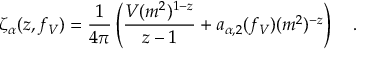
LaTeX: \zeta _ { \alpha } ( z , f _ { V } ) = { \frac { 1 } { 4 \pi } } \left( { \frac { V ( m ^ { 2 } ) ^ { 1 - z } } { z - 1 } } + a _ { \alpha , 2 } ( f _ { V } ) ( m ^ { 2 } ) ^ { - z } \right) ~ ~ ~ .